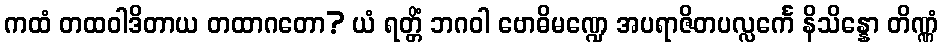
ကထံ တထဝါဒိတာယ တထာဂတော? ယံ ရတ္တိံ ဘဂဝါ ဗောဓိမဏ္ဍေ အပရာဇိတပလ္လင်္ကေ နိသိန္နော တိဏ္ဏံ